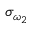
\sigma _ { \omega _ { 2 } }